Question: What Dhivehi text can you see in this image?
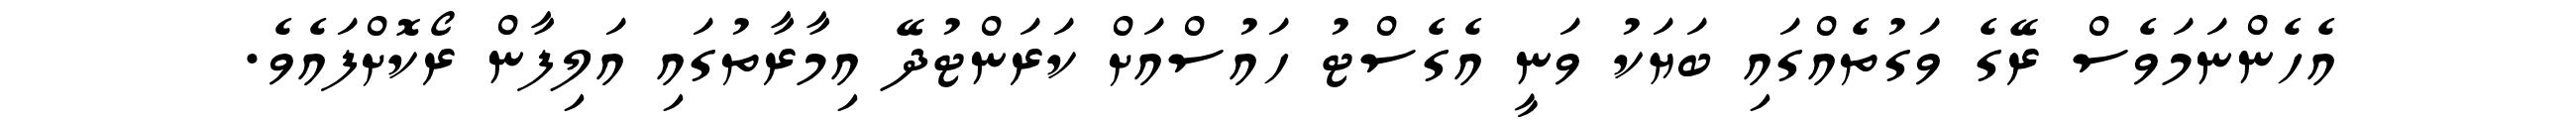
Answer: އެހެންނަމަވެސް ރޭގެ ވަގުތެއްގައި ބަޔަކު ވަނީ އެގެސްޓު ހައުސްއަށް ކަރަންޓުދޭ އިމާރާތުގައި އަލިފާން ރޯކޮށްފައެވެ.